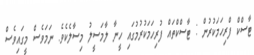
ޓާސްކް ފްރިހަމަކުރުން : ޓާސްކްތައް ފުރިހަމަކުރުމުގައި ހީނާ ލާމަސީލު މިސާލެކެވެ. ނަމަވެސް މީގައިވެސް